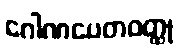
ဂေါဏပေတဝတ္ထု